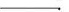
___.